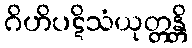
ဂိဟိပဋိသံယုတ္တန္တိ